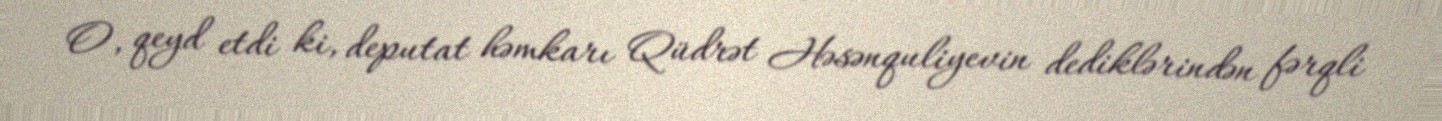
O, qeyd etdi ki, deputat həmkarı Qüdrət Həsənquliyevin dediklərindən fərqli